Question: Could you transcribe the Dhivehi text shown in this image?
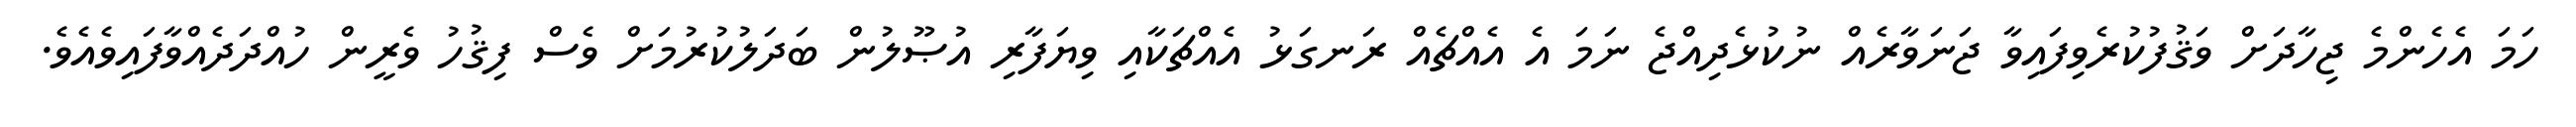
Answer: ހަމަ އެހެންމެ ޖިހާދަށް ވަޤުފުކުރެވިފައިވާ ޖަނަވާރެއް ނުކުޅެދިއްޖެ ނަމަ އެ އެއްޗެއް ރަނގަޅު އެއްޗަކާއި ވިޔަފާރި އުޞޫލުން ބަދަލުކުރުމަށް ވެސް ފިޤުހު ވެރީން ހުއްދަދެއްވާފައިވެއެވެ.